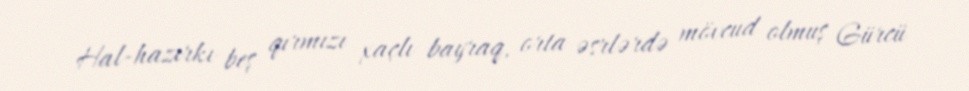
Hal-hazırkı beş qırmızı xaçlı bayraq, orta əsrlərdə mövcud olmuş Gürcü